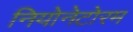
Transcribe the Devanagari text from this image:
नियोनेटोरम